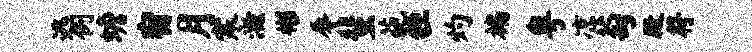
逃例蟾宿月寒滋彬辱蜚葩牲灼褊粤凉萄殿符